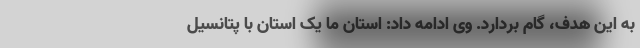
به این هدف، گام بردارد. وی ادامه داد: استان ما یک استان با پتانسیل